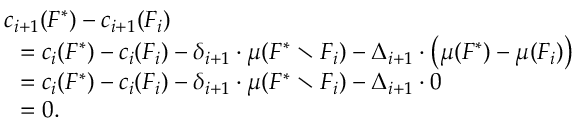
\begin{array} { r l } & { c _ { i + 1 } ( F ^ { * } ) - c _ { i + 1 } ( F _ { i } ) } \\ { } & { ~ ~ = c _ { i } ( F ^ { * } ) - c _ { i } ( F _ { i } ) - \delta _ { i + 1 } \cdot \mu ( F ^ { * } \setminus F _ { i } ) - \Delta _ { i + 1 } \cdot \big ( \mu ( F ^ { * } ) - \mu ( F _ { i } ) \big ) } \\ { } & { ~ ~ = c _ { i } ( F ^ { * } ) - c _ { i } ( F _ { i } ) - \delta _ { i + 1 } \cdot \mu ( F ^ { * } \setminus F _ { i } ) - \Delta _ { i + 1 } \cdot 0 } \\ { } & { ~ ~ = 0 . } \end{array}